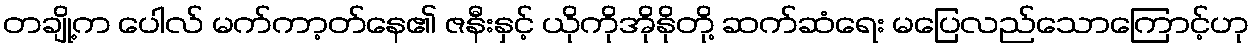
တချို့က ပေါလ် မက်ကာ့တ်နေ၏ ဇနီးနှင့် ယိုကိုအိုနိုတို့ ဆက်ဆံရေး မပြေလည်သောကြောင့်ဟု